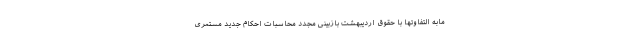
مابه التفاوتها با حقوق اردیبهشت بازبینی مجدد محاسبات احکام جدید مستمری